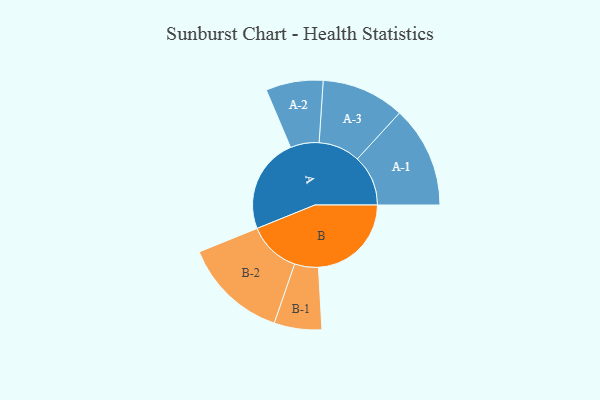
{"axis": {"x": "Segment", "y": "Value"}, "legend": ["", "A", "B"], "data": [{"x": "A", "y": 473, "type": ""}, {"x": "B", "y": 461, "type": ""}, {"x": "A-1", "y": 252, "type": "A"}, {"x": "A-2", "y": 142, "type": "A"}, {"x": "A-3", "y": 206, "type": "A"}, {"x": "B-1", "y": 118, "type": "B"}, {"x": "B-2", "y": 260, "type": "B"}]}